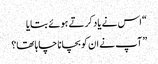
“اس نے یاد کرتے ہوئے بتایا
” آپ نے ان کو بچانا چاہا تھا؟